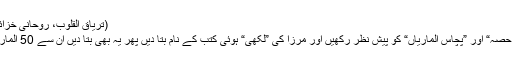
(تریاق القلوب، روحانی خزائن جلد 15 صفحہ 155)
(مرزا کی ”عمر کا اکثر حصہ“ اور ”پچاس الماریاں“ کو پیش نظر رکھیں اور مرزا کی ”لکھی“ ہوئی کتب کے نام بتا دیں پھر یہ بھی بتا دیں ان سے 50 الماریاں بھری جا سکتی ہیں؟